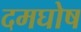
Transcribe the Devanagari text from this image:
दमघोष